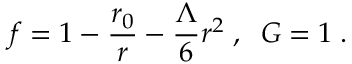
f = 1 - \frac { r _ { 0 } } { r } - \frac { \Lambda } { 6 } r ^ { 2 } \; , \; \; G = 1 \; .